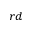
^ { r d }